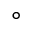
\circ